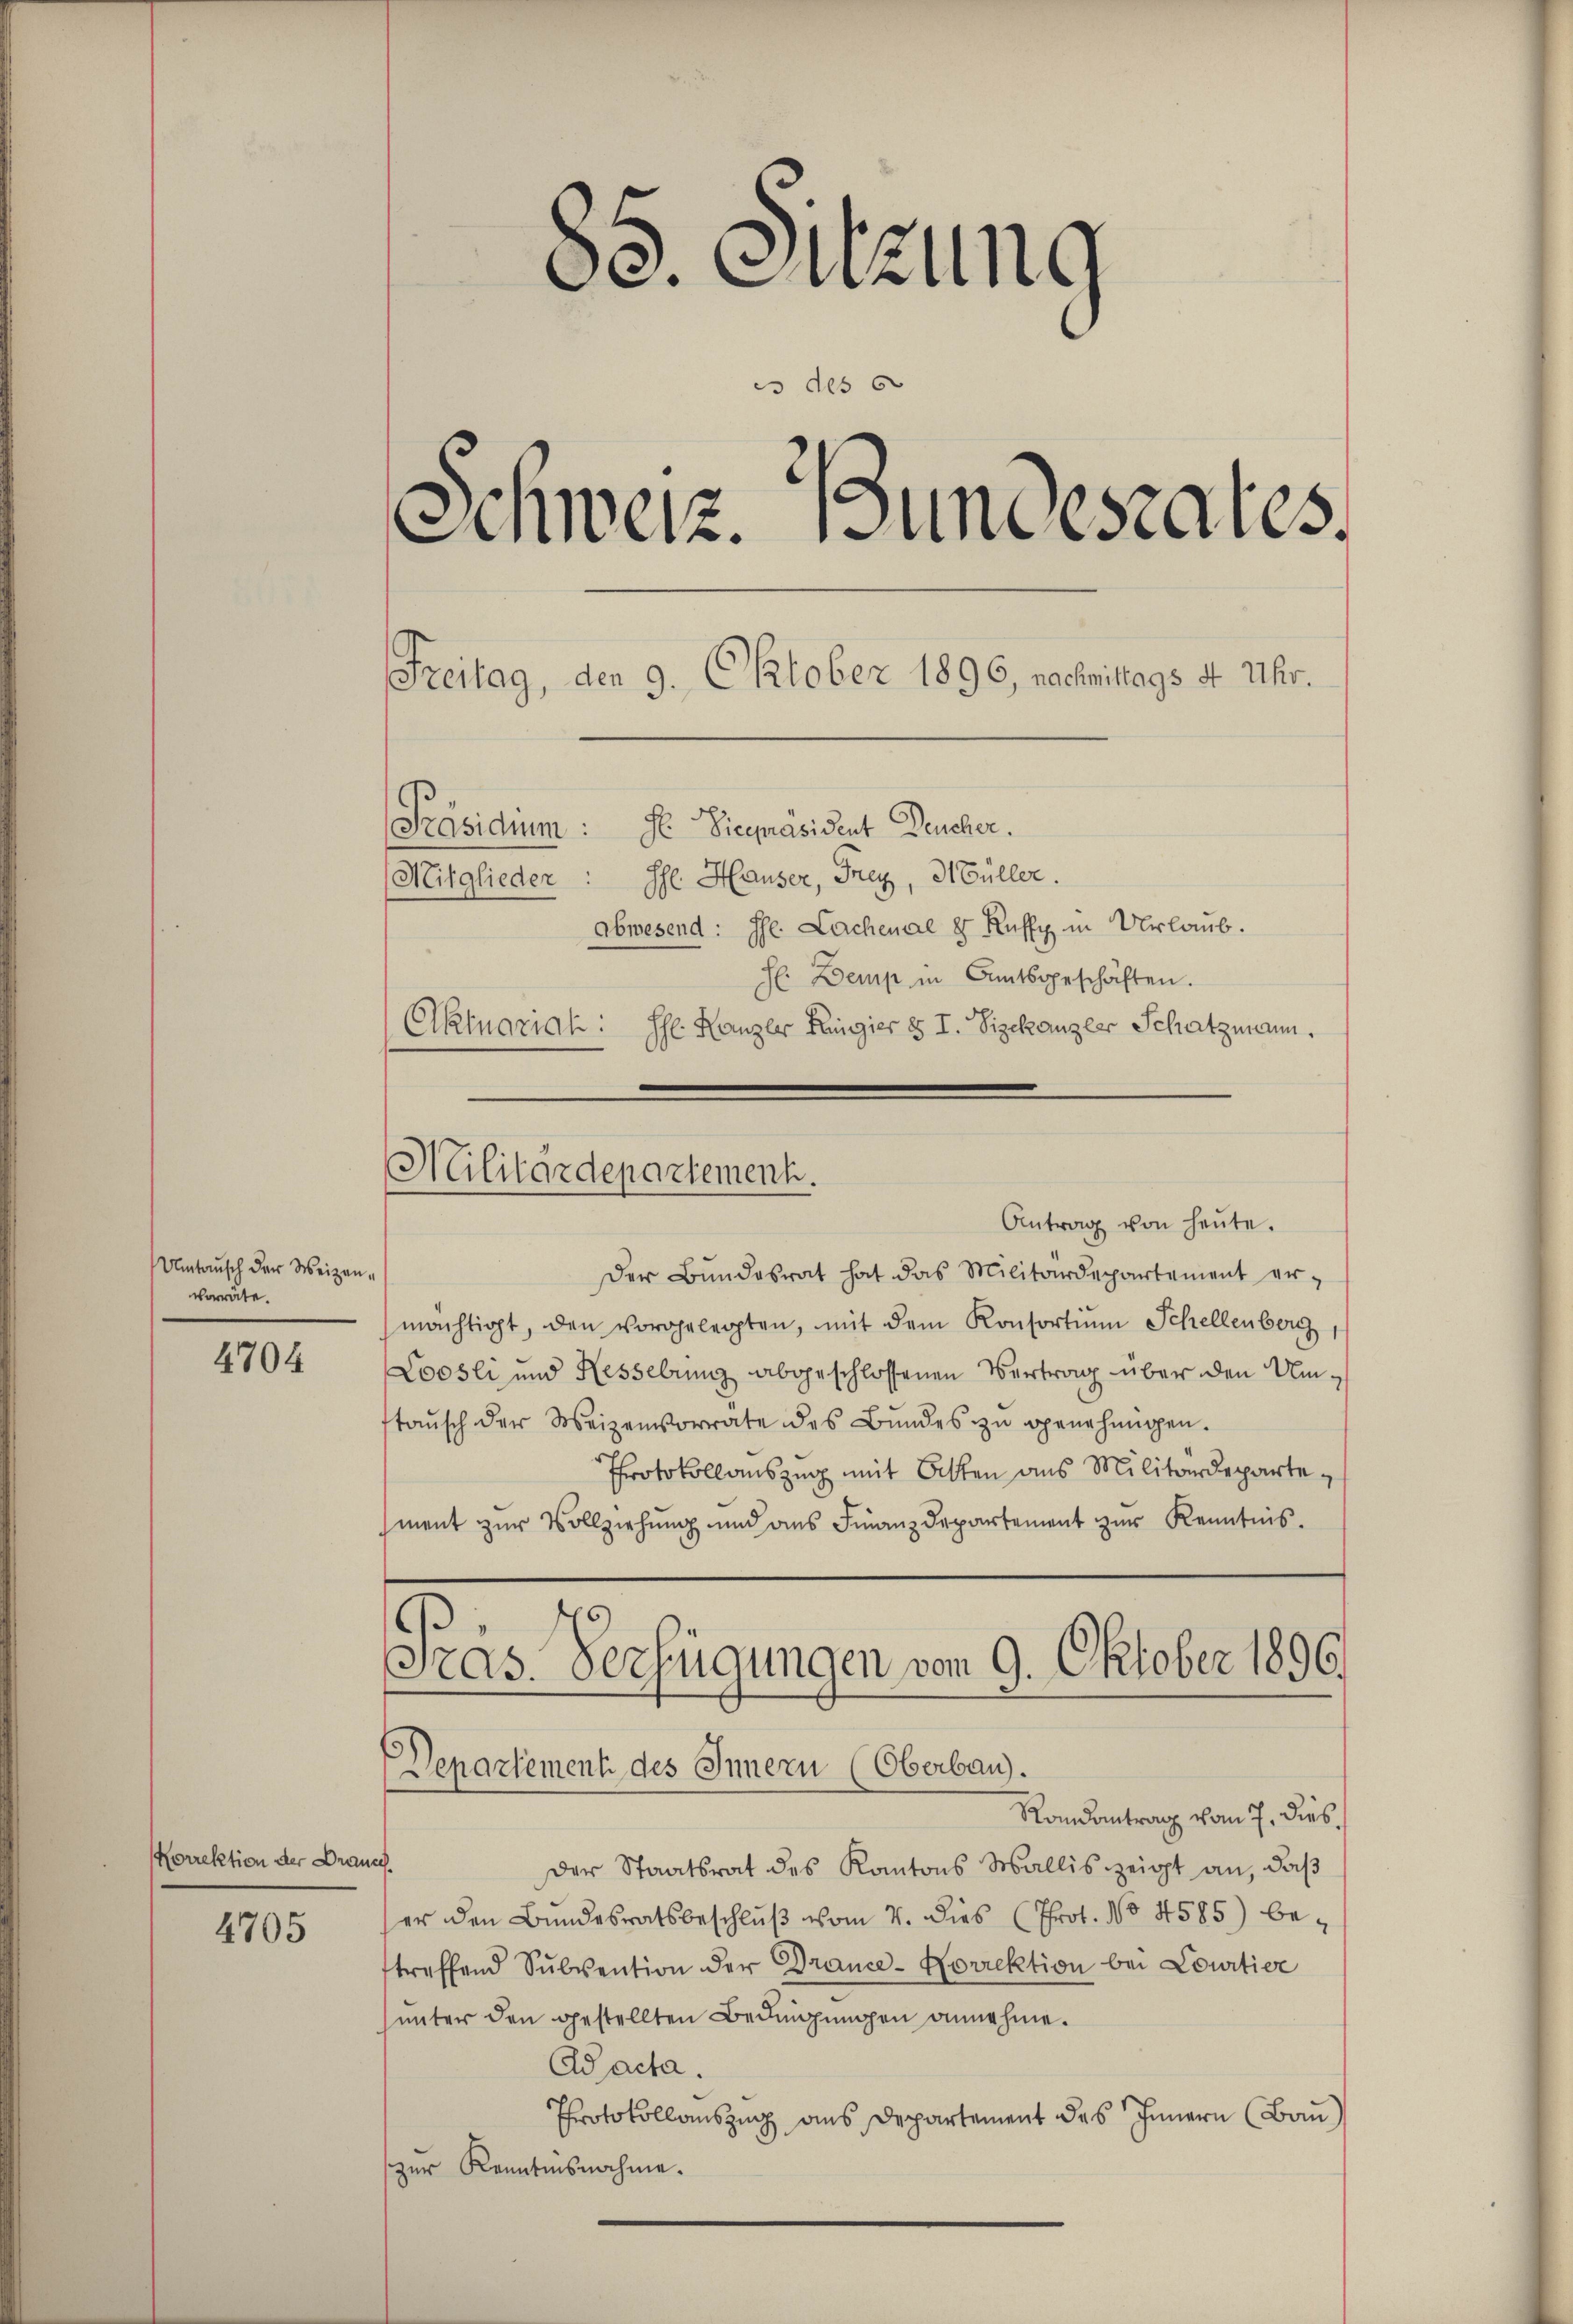
Umtausch der Weizenvorrate.

4704

Norrektion der Drau

4705

83. Suzung
es des
.
Schweiz. Bundesrates.
Freitag, den 9. Oktober 1896, nachmittags 8 Uhr.
Präsidium: Se Vicepräsident Deucher.
Mitglieder: Ihr Hauser, Frey, Müller.
abwesend: Hr. Lachenae 8 Ruffy in Urlaub.
H Demp in Amtsgeschäften.
Aktuariah: Ihr Kanzer Ringier § I. Vizekanzer Schatzmann,

Der Bundesrat hat das Militärdepartement ermächtigt, den vorgelegten, mit dem Konsortium Schellenberg
Loosli und Hessebung abgeschlossenen Vertrag über den Umtaŭsch der Weizenvorrate des Bŭndes zu genehmigen.
Protokollauszug mit Otten aus Militärdepartesment zur Vollziehung und des Finanzdepartement zur Kenntnis.

Militärdepartement.
Antrag von heŭte.

Präs. Verfügungen vom 9. Oktober 1896.
Departement des Innern (Oberbau.
Randantrag vom 7. dies,

.
Der Staatsrat des Kantons Wallis zeigt an, daβ
ser den Bundesratsbeschluß vom 4. dies (Prot. No 4585) betreffend Subvention der Brance-Norrektion bei Courtier
unter den gestellten Bedingungen annehme.
Aacta.
Protokollauszug aus Departement des Innern (Bau
zur Kenntnisnahme.